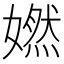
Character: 㜣